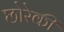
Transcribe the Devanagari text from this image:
छोरेकी